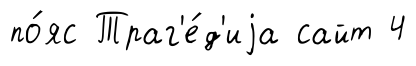
по́яс Траг'е́д'иjа сайт 4